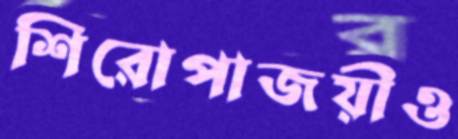
শিরোপাজয়ীও